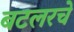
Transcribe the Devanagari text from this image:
बटलरचे